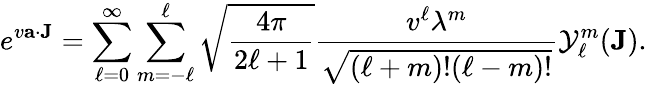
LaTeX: e^{v{\mathbf{a}}\cdot{\mathbf{J}}}=\sum_{\ell=0}^{\infty}\sum_{m=-\ell}^{\ell}{\sqrt{\frac{4\pi}{2\ell+1}}}{\frac{v^{\ell}{\lambda^{m}}}{\sqrt{(\ell+m)!(\ell-m)!}}}{\mathcal{Y}}_{\ell}^{m}({\mathbf{J}}).